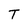
Character: T